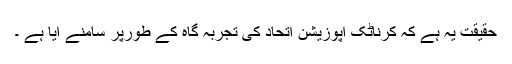
حقیقت یہ ہے کہ کرناٹک اپوزیشن اتحاد کی تجربہ گاہ کے طورپر سامنے آیا ہے ۔